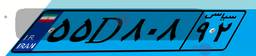
۵۵D۸۰۸۹۲